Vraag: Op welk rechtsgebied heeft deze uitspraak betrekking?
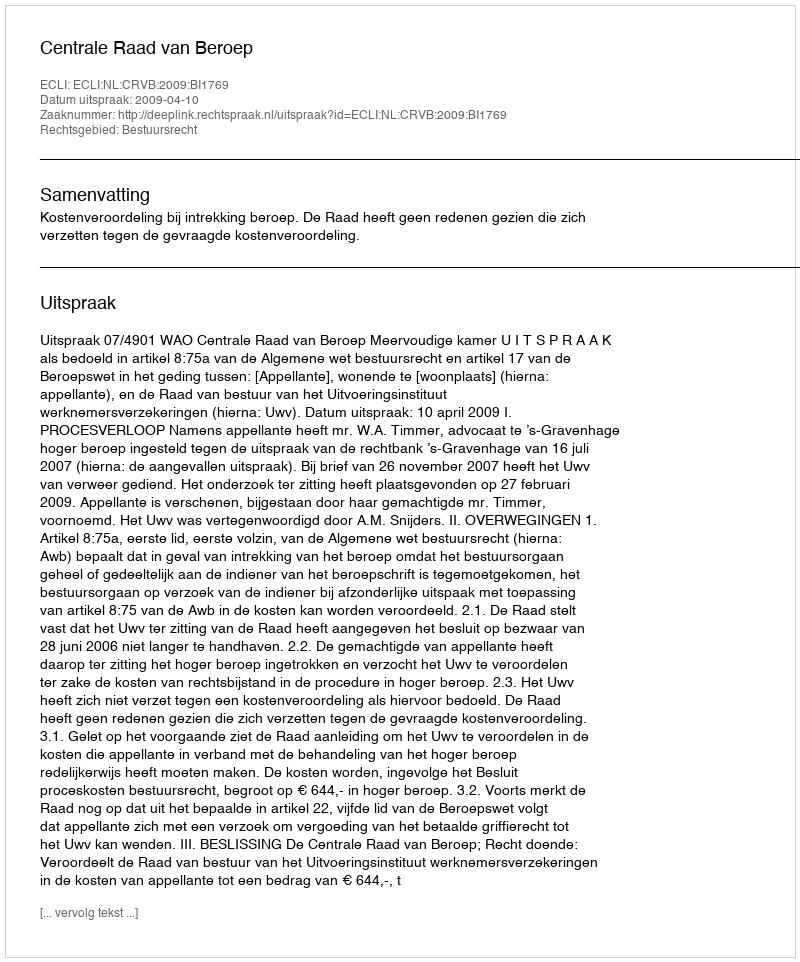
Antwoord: Bestuursrecht